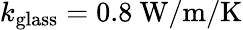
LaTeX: k_{\mathrm{glass}}=0.8\ \mathrm{W/m/K}